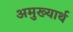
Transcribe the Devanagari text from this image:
अमुख्यार्थ